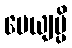
ပေယျမ္ပိ